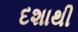
દશાથી